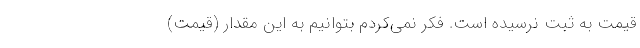
قیمت به ثبت نرسیده است. فکر نمی‌کردم بتوانیم به این مقدار (قیمت)